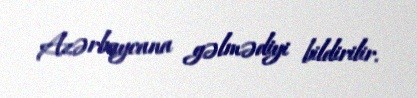
Azərbaycana gəlmədiyi bildirilir.